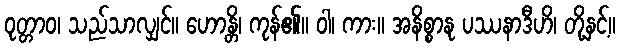
ဝုတ္တာဝ၊ သည်သာလျှင်။ ဟောန္တိ၊ ကုန်၏။ ဝါ၊ ကား။ အနိစ္စာနု ပဿနာဒီဟိ၊ တို့နှင့်။